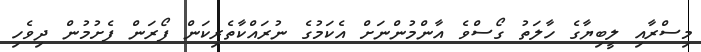
މިސްރާއި ލީބިޔާގެ ހާލަތު ގޯސްވެ އާންމުންނަށް އެކަމުގެ ނުރައްކާތެރިކަން ފޯރަން ފެށުމުން ދިވެހި